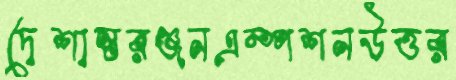
দেশান্তরঞ্জনএম্পশনউত্তর